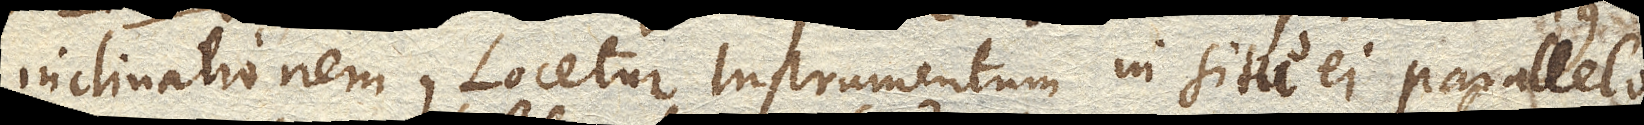
inclinationem. Locetur Instrumentum in situ ei parallelo